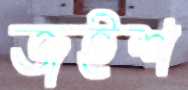
জইশ